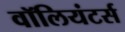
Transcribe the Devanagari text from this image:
वॉलियंटर्स